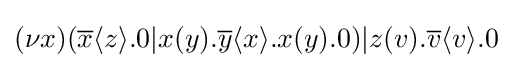
(\nu x)({\overline {x}}\langle z\rangle .0|x(y).{\overline {y}}\langle x\rangle .x(y).0)|z(v).{\overline {v}}\langle v\rangle .0